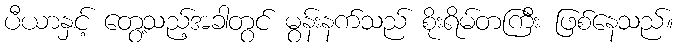
ပီယာနှင့် တွေ့သည့်အခါတွင် မွန်းနက်သည် စိုးရိမ်တကြီး ဖြစ်နေသည်။